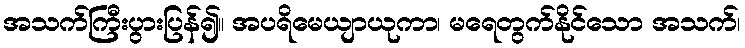
အသက်ကြီးပွားပြန်၍။ အပရိမေယျာယုကာ၊ မရေတွက်နိုင်သော အသက်၊